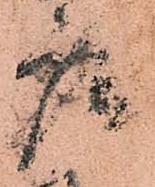
庫